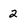
Character: 2